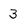
Character: 3